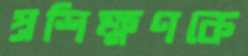
প্রশিক্ষণকে